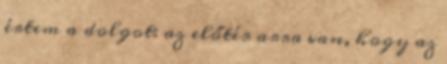
értem a dolgot: az előtér arra van, hogy az